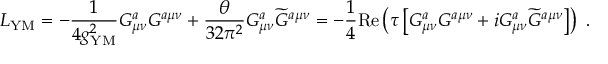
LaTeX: { \cal L } _ { \mathrm { Y M } } = - { \frac { 1 } { 4 g _ { \mathrm { Y M } } ^ { 2 } } } G _ { \mu \nu } ^ { a } G ^ { a \mu \nu } + { \frac { \theta } { 3 2 \pi ^ { 2 } } } G _ { \mu \nu } ^ { a } { \widetilde G } ^ { a \mu \nu } = - { \frac { 1 } { 4 } } \mathrm { R e } \left( \tau \left[ G _ { \mu \nu } ^ { a } G ^ { a \mu \nu } + i G _ { \mu \nu } ^ { a } { \widetilde G } ^ { a \mu \nu } \right] \right) ~ .